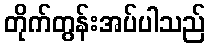
တိုက်တွန်းအပ်ပါသည်